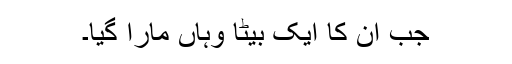
جب ان کا ایک بیٹا وہاں مارا گیا۔